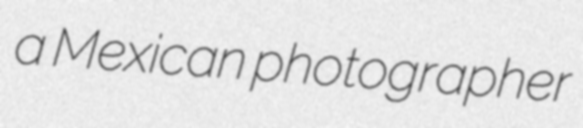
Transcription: a Mexican photographer